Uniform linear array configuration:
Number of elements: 48
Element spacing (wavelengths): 0.25
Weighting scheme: hann
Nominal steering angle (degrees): -15
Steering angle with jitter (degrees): -13.724
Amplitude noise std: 0.05
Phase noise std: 0.05

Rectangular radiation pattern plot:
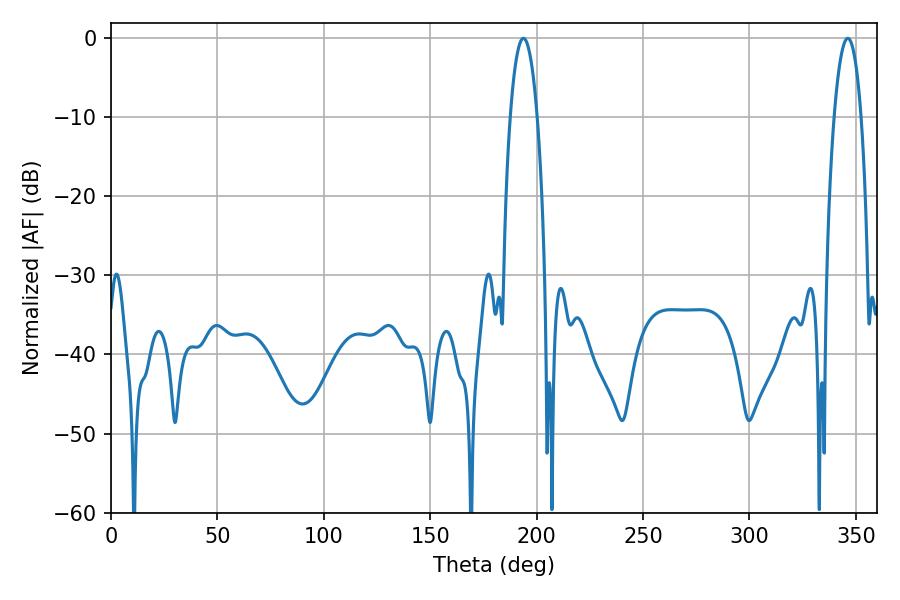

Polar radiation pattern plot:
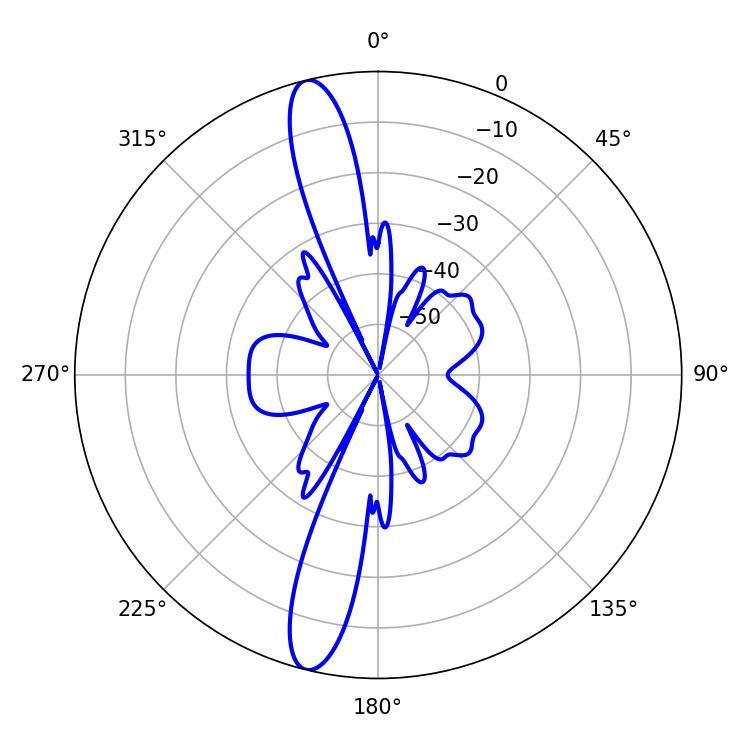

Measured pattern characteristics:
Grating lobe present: FALSE
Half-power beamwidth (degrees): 7.02
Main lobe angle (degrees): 193.86